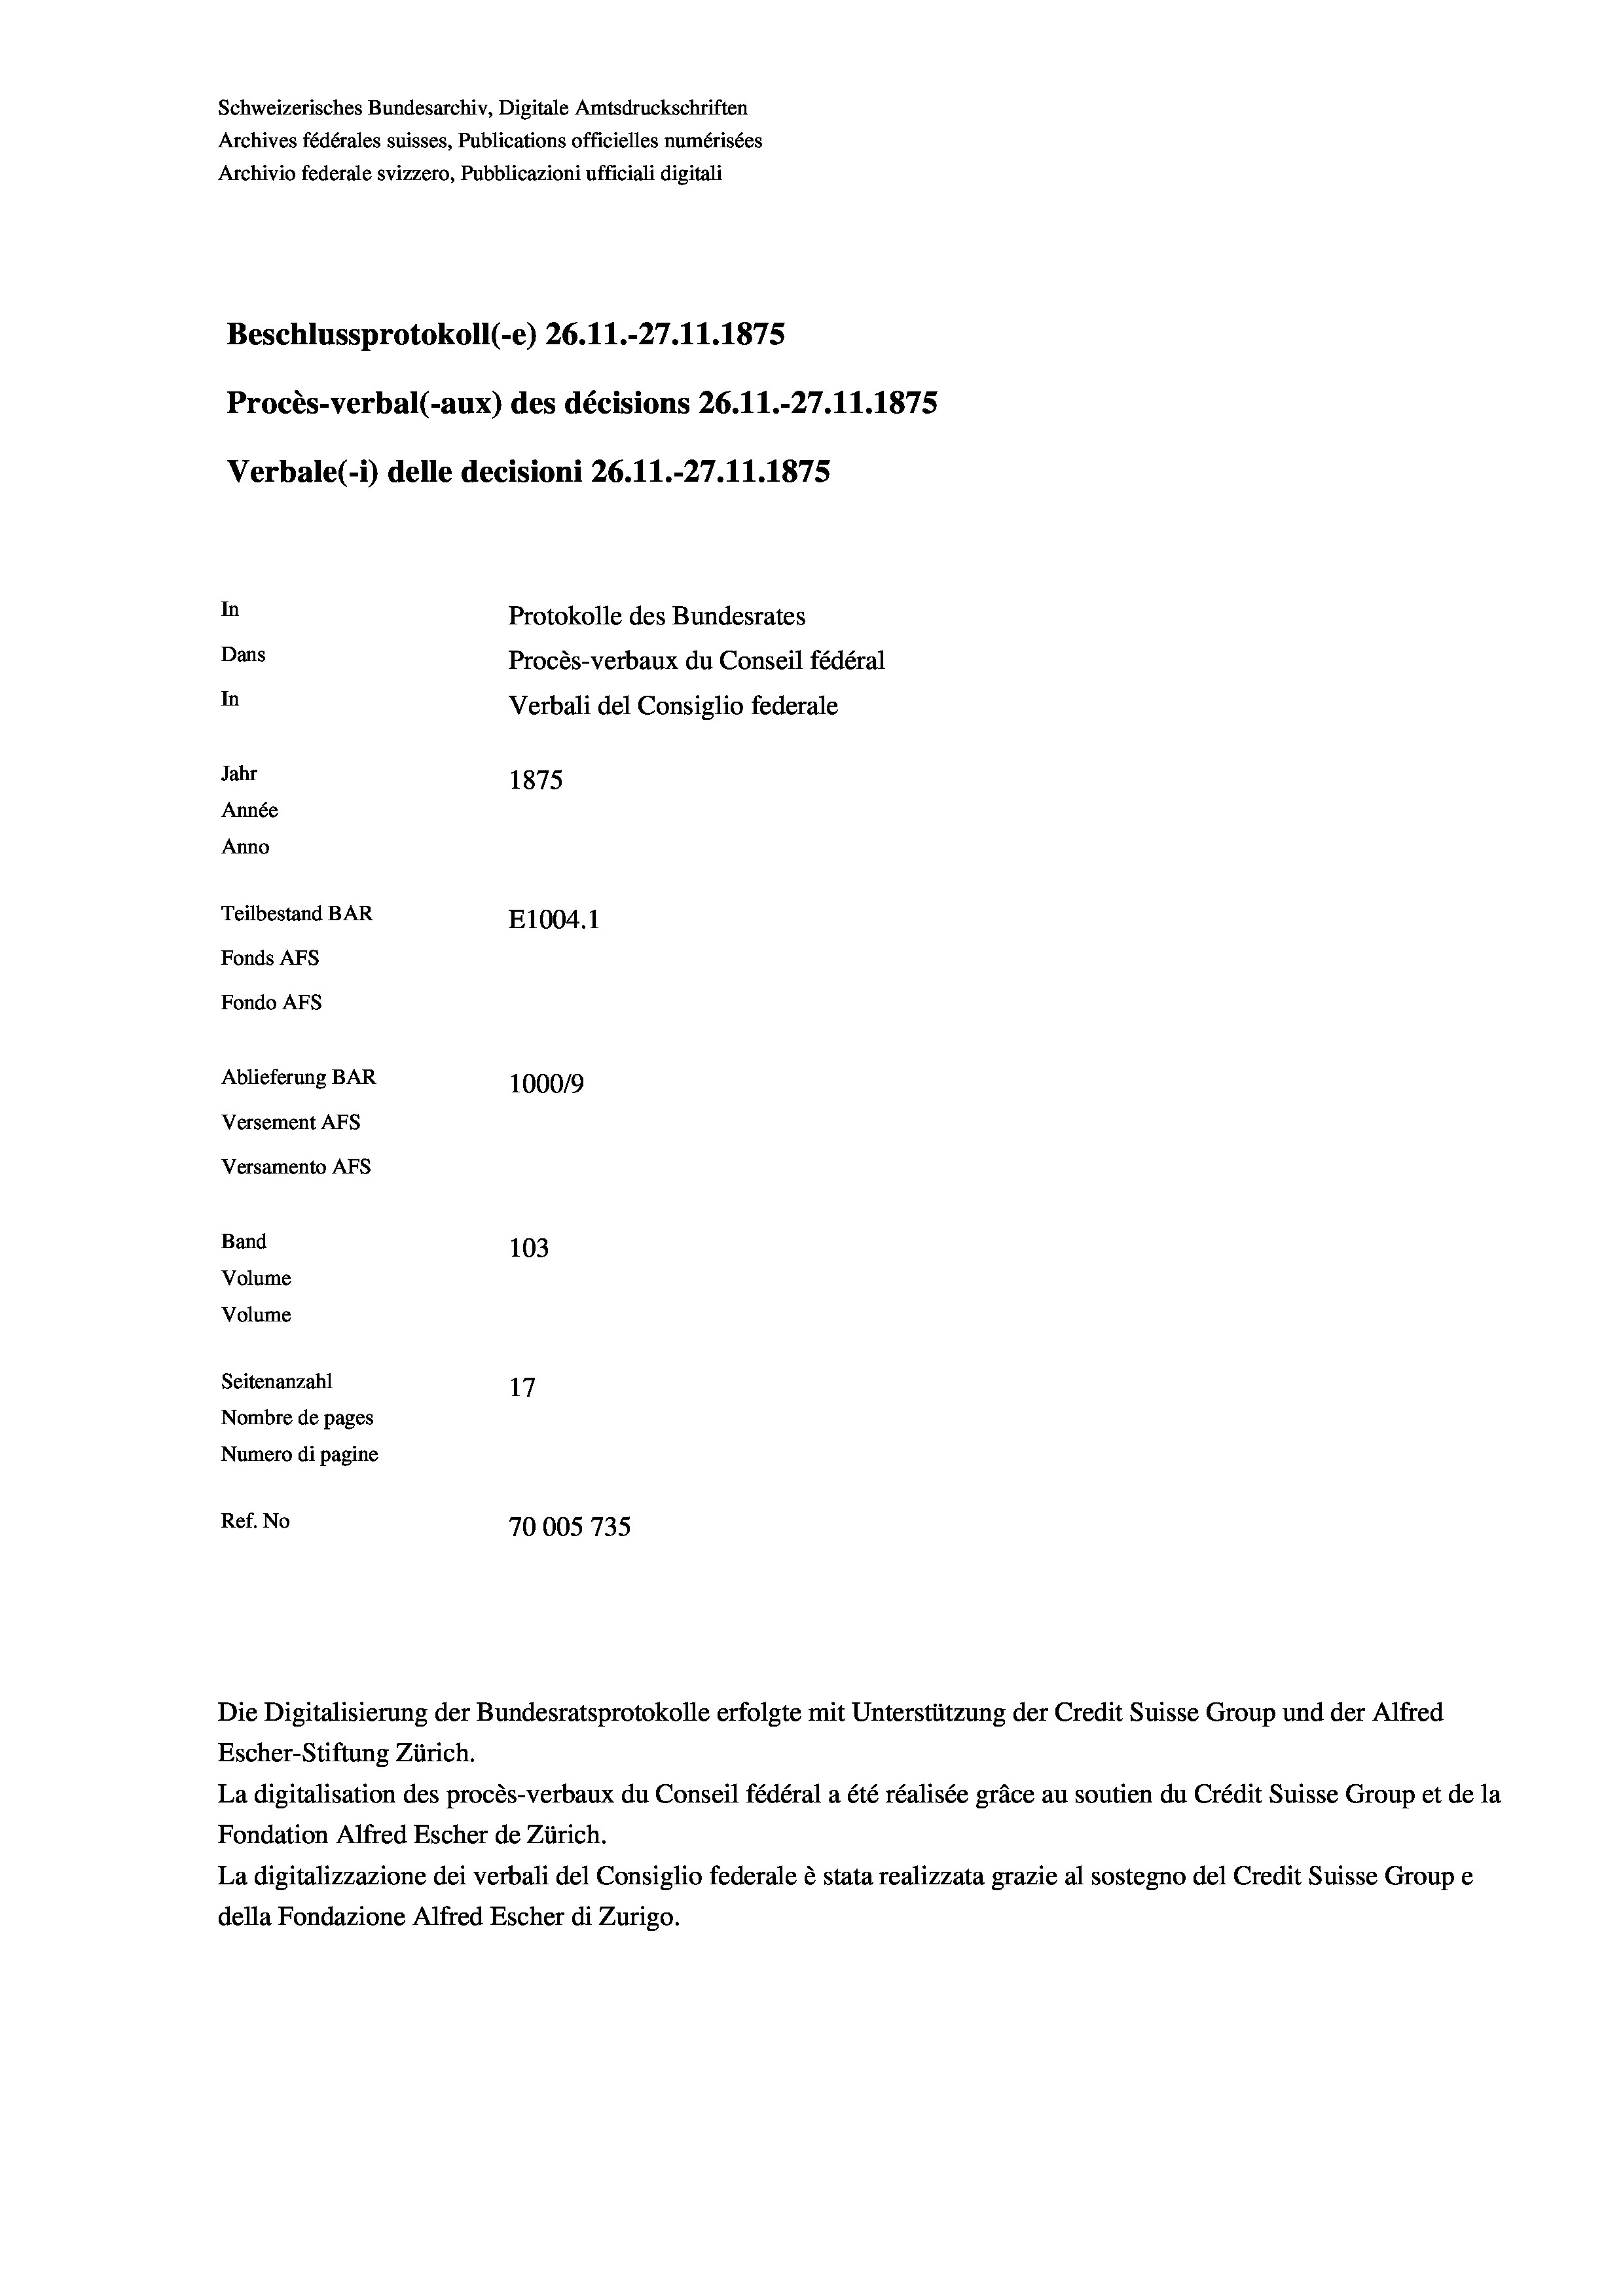
Schweizerisches Bundesarchiv, Digitale Amtsdruckschriften
Archives fédérales suisses, Publications officielles numérisées
Archivio federale svizzero, Pubblicazioni ufficiali digitali
Beschlussprotokoll (-e) 26. 11.-27.11.1875
Procès-verbal (-aux) des décisions 26. 11.-27.11.1875
Verbale (- 1) delle decisioni 26. 11.-27.11.1875
In
Protokolle des Bundesrates
Dans
Procès-verbaux du Conseil fédéral
In
Verbali del Consiglio federale
Jahr
1875
Année
Anno
Teilbestand BAR
E1004. 1
Fonds Afs
Fondo AFS
Ablieferung BAR
100019
Versement AFs
Versamento AFs
Band
103
Volume
Volume

Seitenanzahl
17
Nombre de pages
Numero di pagine
Ref. No
70005735

Die Digitalisierung der Bundesratsprotokolle erfolgte mit Unterstützung der Credit Suisse Group und der Alfred
Escher-Stiftung Zürich.
La digitalisation des procès-verbaux du Conseil fédéral a été réalisée gräce au soutien du Crédit Suisse Group et de la
Fondation Alfred Escher de Zürich.
La digitalizzazione dei verbali del Consiglio federale è stata realizzata grazie al sostegno del Credit Suisse Groupe
della Fondazione Alfred Escher di Zurigo.